King Institute of Preventive Medicine Bacteriolog. Section reports 1907-08
Year: 1907
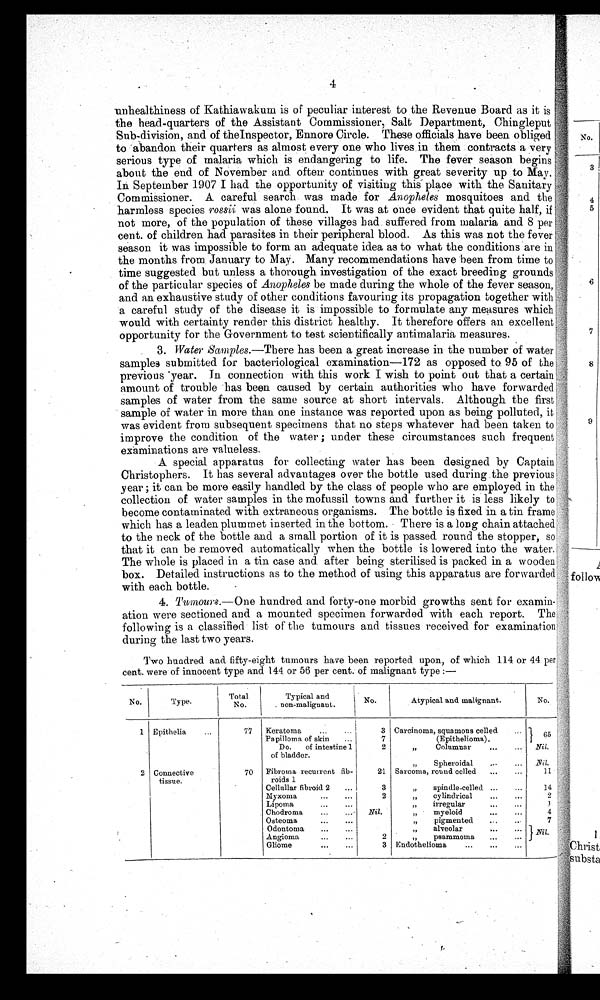
4
unhealthiness of Kathiawakum is of peculiar interest to the Revenue Board as it is
the head-quarters of the Assistant Commissioner, Salt Department, Chingleput
Sub-division, and of the Inspector, Ennore Circle. These officials have been obliged
to abandon their quarters as almost every one who lives in them contracts a very
serious type of malaria which is endangering to life. The fever season begins
about the end of November and often continues with great severity up to May.
In September 1907 I had the opportunity of visiting this place with the Sanitary
Commissioner. A careful search was made for Anopheles mosquitoes and
the harmless species rossii was alone found. It was at once evident that quite half, if
not more, of the population of these villages had suffered from malaria and 8 per
cent. of children had parasites in their peripheral blood. As this was not the fever
season it was impossible to form an adequate idea as to what the conditions are in
the months from. January to May. Many recommendations have been from time to
suggested but unless a thorough investigation of the exact breeding grounds
of the particular species of Anopheles be made during the whole of the fever season,
and an exhaustive study of other conditions favouring its propagation together with
a careful study of the disease it is impossible to formulate any measures which
would with certainty render this district healthy. It therefore offers an excellent
opportunity for the Government to test scientifically antimalaria measures.
3. Water Samples.—There has been a great increase in the number of water
samples submitted for bacteriological examination-172 as opposed to 95 of the
previous 'year. in connection with this work I wish to point out that a certain
amount of trouble has been caused by certain authorities who have forwarded
samples of water from the same source at short intervals. Although the first
sample of water in more than one instance was reported upon as being polluted, it
was evident from subsequent specimens that no steps whatever had been taken to
improve the condition of the water ; under these circumstances such frequent
-
examinations are valueless.
A special apparatus for collecting water has been designed by Captain
Christophers. It has several advantages over the bottle used during .the previous
year ; it can be more easily handled by the class of people who are employed in the
collection of water samples in the mofussil towns and further it is less likely to
become contaminated with extraneous organisms. The bottle is fixed in a tin frame
which has a leaden plummet inserted in the bottom. There is a long chain attached
to the neck of the bottle and a small portion of it is passed round the stopper, so
that it can be removed automatically when the bottle is lowered into the water.
The whole is placed in a tin case and. after being sterilised is packed in a wooden
box. Detailed instructions as to the method of using this apparatus are forwarded
with each bottle.
4.
Tumours.—One hundred and forty-one morbid growths sent for
e x a m i n - a t i o n w e r e s e c t i o n e d a n d a m o u n t e d s p e c i m e n f o r w a r d e d w i t h e a c h r e p o r t . T h e
following is a classified list of the tumours and tissues received for examination
during the last two years.
Two hundred and fifty-eight tumours have been reported upon, of which 114 or 44 per
cent. were of innocent type and 144 or 56 per cent. of malignant type :—
:
No.
Type.
Total
No.
Typical and
. non
No.
Atypical and malignant.
No.
1
2
Epithelia
...
Connective
tissue.
77
70
Keratoma
..
...
Pa pilloma of skin
..
Do.
of intestine 1
of bladder.
Fibroma recurrent fib-
roids 1
Cellullar fibroid 2
. . .
Myxoma
...
...
Lipoma
...
...
Chodroma
...
. . .
Osteoma
...
...
Odontoma
...
...
Angioma
...
. . .
Gliome
...
. .
3
7
2
21
3
2
Nil.
2
3
Carcinoma, squamous celled
(Epithelioma).
,,
Columnar
...
„
Spheroidal
. . .
Sarcoma., round celled
... , ,
spindle-celled ...
„
cylindrical
...
,,
irregular
" '
„
myeloid...
„
pigmented
...
„
alveolar
. . .
„
psammoma
...
Endothelioma
...
. . .
. . .
...
...
...
...
...
"'
".
. . .
...
..
6 5
Nil.
Nil.
11
'
14
2
1
4
7
Nil.